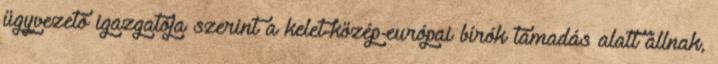
ügyvezető igazgatója szerint a kelet-közép-európai bírók támadás alatt állnak,